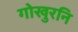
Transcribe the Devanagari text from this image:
गोखुरनि